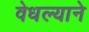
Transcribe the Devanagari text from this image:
वेधल्याने